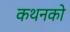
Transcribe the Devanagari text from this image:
कथनको